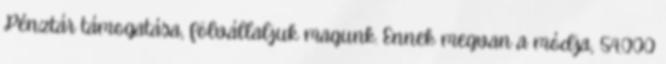
Pénztár támogatása, fölvállaljuk magunk. Ennek megvan a módja, 54.000